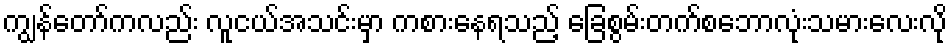
ကျွန်တော်ကလည်း လူငယ်အသင်းမှာ ကစားနေရသည့် ခြေစွမ်းတက်စဘောလုံးသမားလေးလို